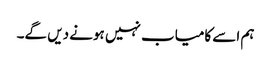
ہم اسے کامیاب نہیں ہونے دیں گے۔